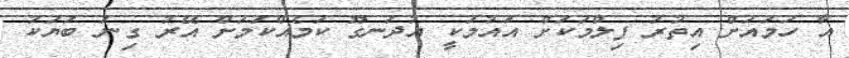
އާ ހަމައަށް އިތުރު ފިލްމަކަށް އައުމަކީ އުދަނގޫ ކަމެއްކަމަށް އޭރު ގިނަ ބަޔަކު